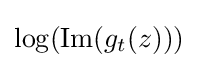
\log(\operatorname {Im} (g_{t}(z)))